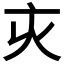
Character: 𠅆